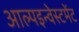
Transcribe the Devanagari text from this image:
आल्पइन्वेस्टमेंट